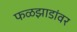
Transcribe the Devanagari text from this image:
फळझाडांवर